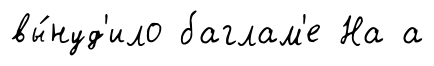
вы́нуд'ило баглам'е На а